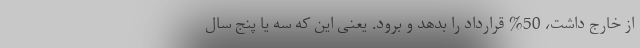
از خارج داشت، 50% قرارداد را بدهد و برود. یعنی این که سه یا پنج سال